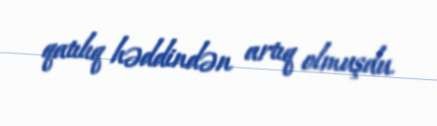
qatılıq həddindən artıq olmuşdu.